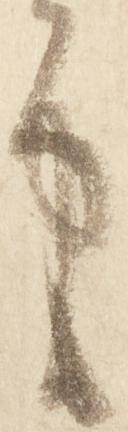
申